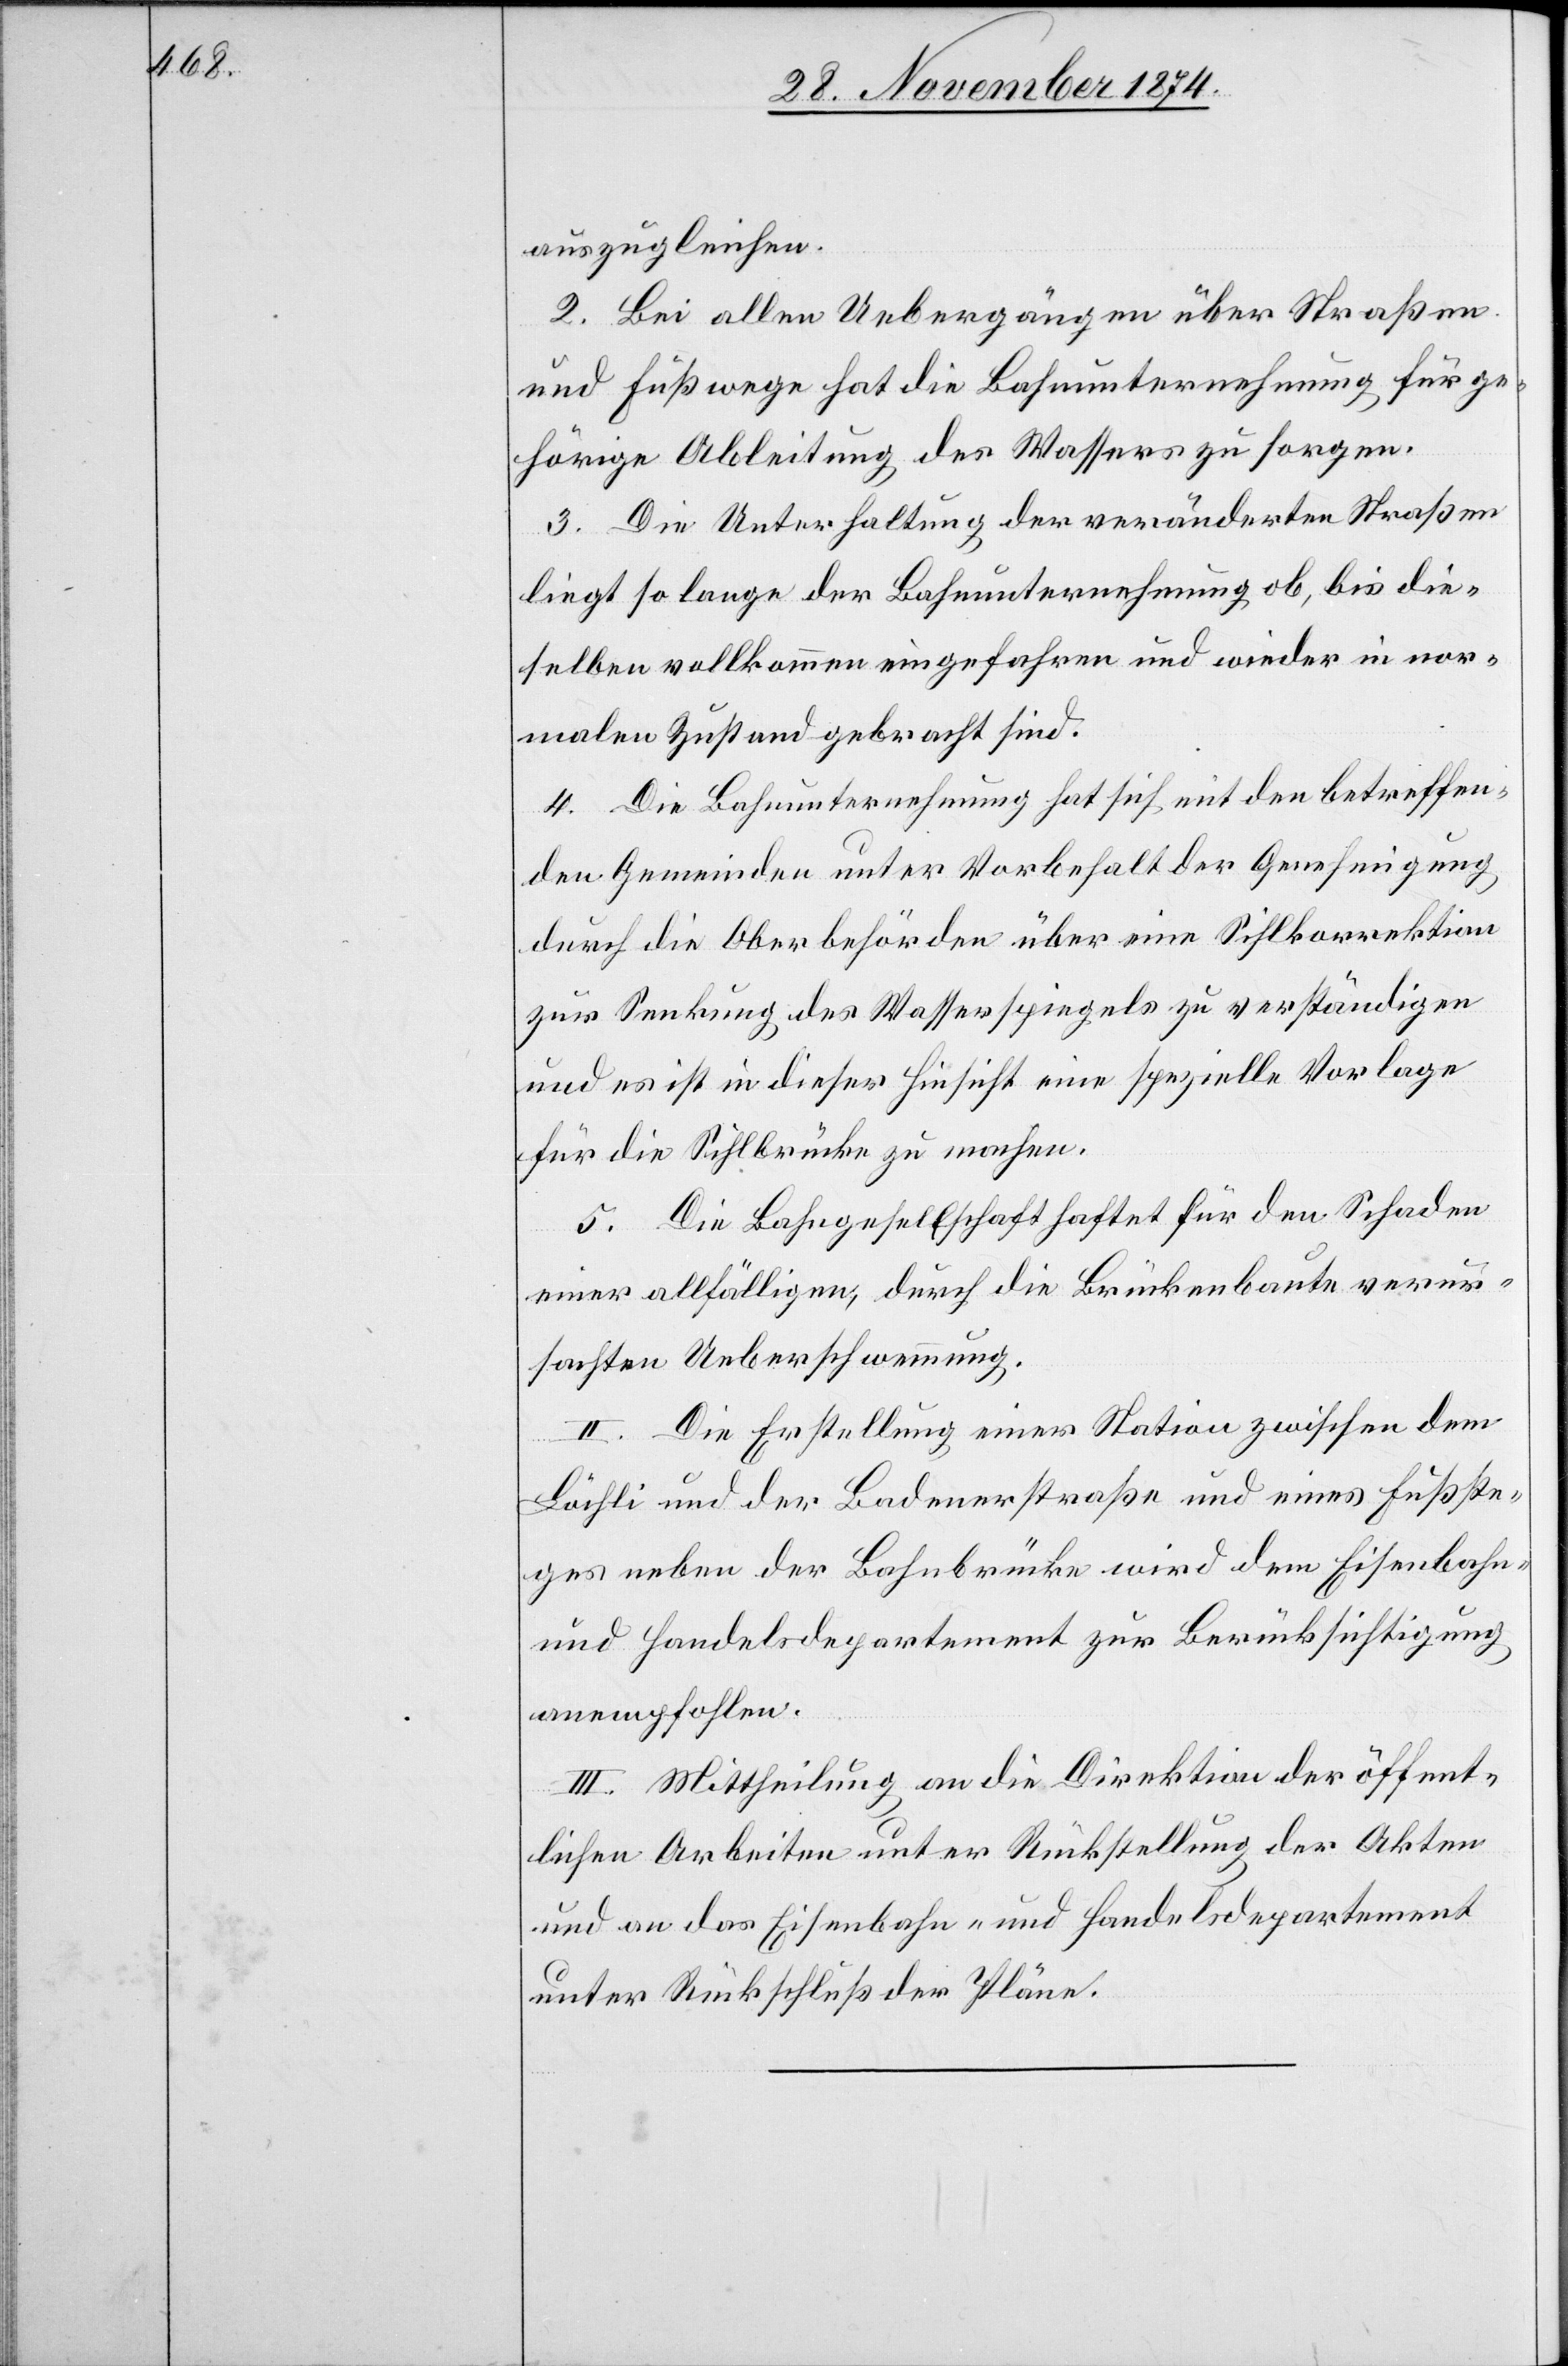
auszugleichen.
2. Bei allen Uebergängen über Straßen
und Fußwege hat die Bahnunternehmung für ge¬
hörige Ableitung des Wassers zu sorgen.
3. Die Unterhaltung der veränderten Straßen
liegt so lange der Bahnunternehmung ob, bis die¬
selben vollkommen eingefahren und wieder in nor¬
malen Zustand gebracht sind.
4. Die Bahnunternehmung hat sich mit den betreffen¬
den Gemeinden unter Vorbehalt der Genehmigung
durch die Oberbehörden über eine Sihlkorrektion
zur Senkung des Wasserspiegels zu verständigen
und es ist in dieser Hinsicht eine spezielle Vorlage
für die Sihlbrücke zu machen.
5. Die Bahngesellschaft haftet für den Schaden
einer allfälligen, durch die Brückenbaute verur¬
sachten Ueberschwemmung.
II. Die Erstellung einer Station zwischen dem
Bächli und der Badenerstraße und eines Fußste¬
ges neben der Bahnbrücke wird dem Eisenbahn-
und Handelsdepartement zur Berücksichtigung
anempfohlen.
III. Mittheilung an die Direktion der öffent¬
lichen Arbeiten unter Rückstellung der Akten
und an das Eisenbahn- und Handelsdepartement
unter Rückschluß der Pläne.